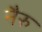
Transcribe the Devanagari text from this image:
नैरु